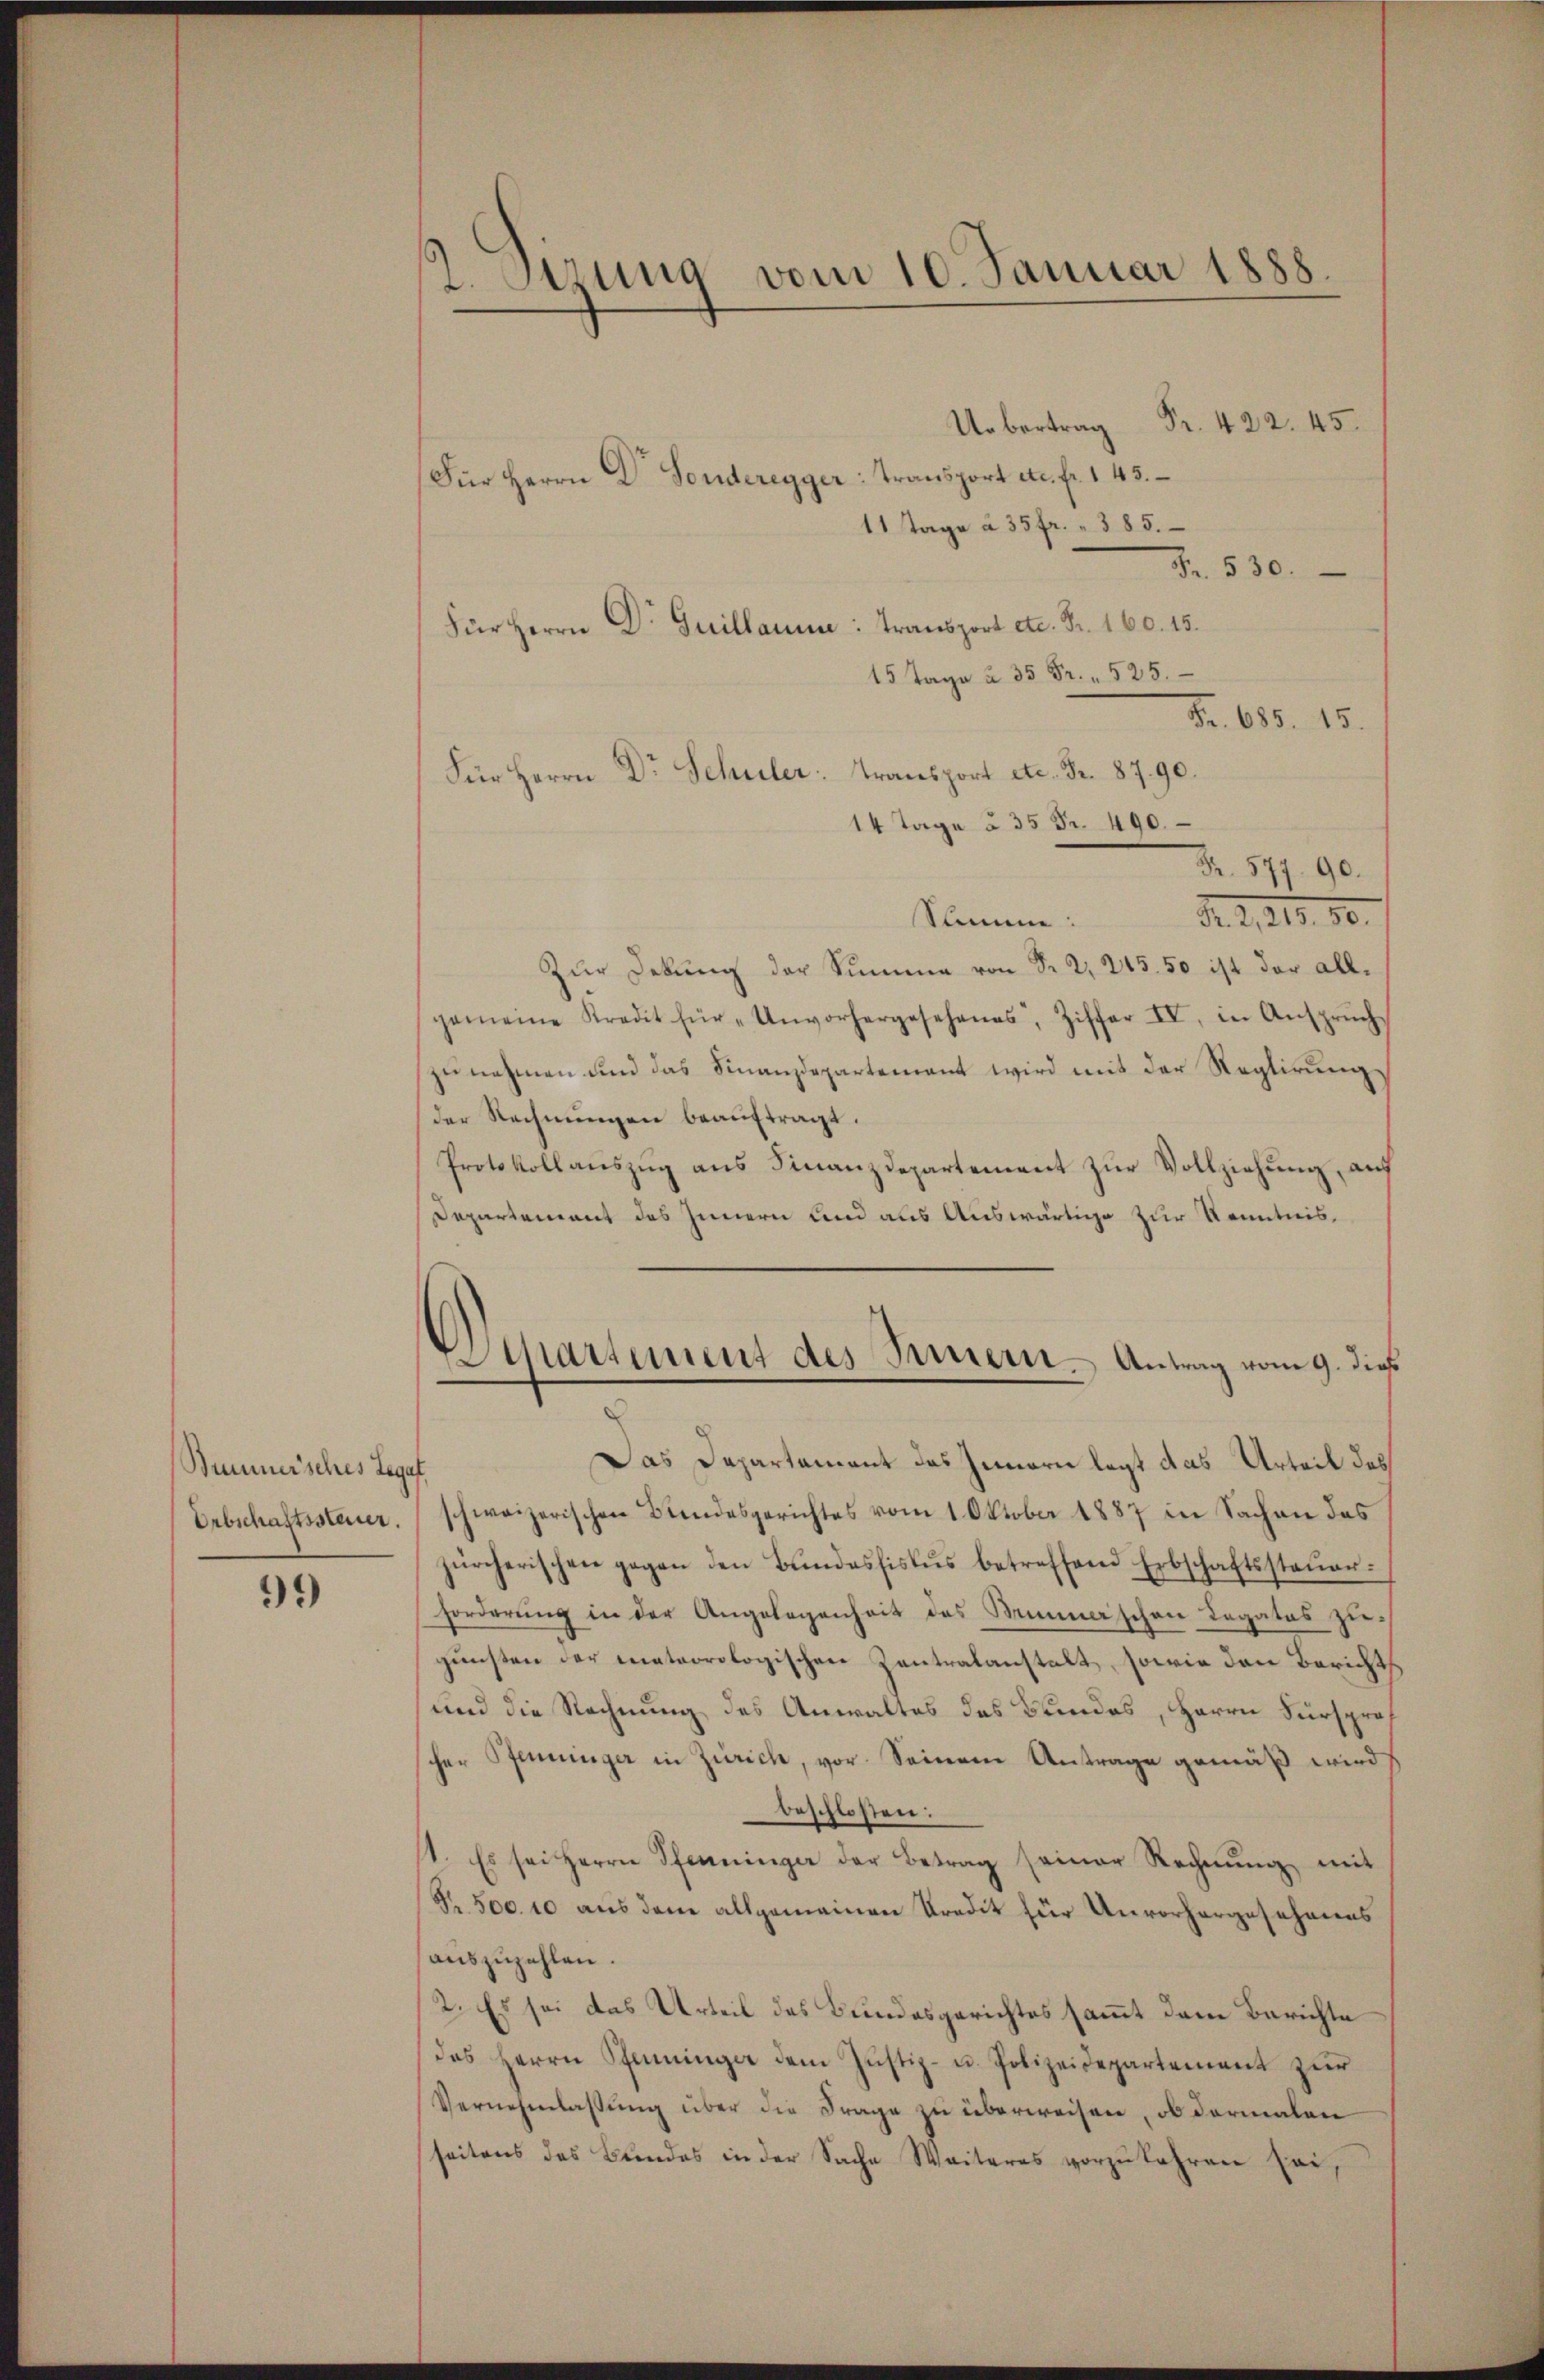
Bummisches Legat

99

2. Szuna vom 10. Januar 1888.

.445
Für Herrn Dr. Sonderegger Transport etc. fr. 143.
11 Tage à 35 fr. 385.
Fr. 530.
Für Herrn Dr. Guillaum: Transport etc. Fr. 160. 15.
15 Tage à 35 Fr. 525.
Fr. 685. 15.
Für Herrn Dr Schuler: Transport etc. Fr. 87. 90.
14 Tage à 35 Fr. 490.
Fr. 577. 90
N. Z. 219. 80.
Somme:
Zur Debung der Summe von Fr. 2, 245. 50 ist der allgemeine Kredit für „Unvorhergesehenes, Ziffer IV. in Ansprŭch
zunehmen und das Finanzdepartement wird mit der Reglirungs
der Rechnŭngen beaŭftragt.
Protokollauszug aus Finanzdepartement zur Vollziehung, auf
Departement des Innern und aus Auswärtige zur Kenntnis,
s
ipartement des Innern. Antrag vom 9. dieß
Das Departement das Innern legt das Urteil des
Erbschaftssteuer. schweizerischen Bundesgerichtes vom 1. Oktober 1887 in Sachen das
zürcherischen gegen den Bŭndesfislŭs betreffend Erbschaftssteŭer-
forderung in der Angelegenheit des Minischen Legates zugunsten der meteorologischen Zentralanstalt, sowie den Bericht
und die Rechnung des Anwaltes des Bundes, Herrn Fürsprocher Pfenninger in Zürich, vor. Seinem Antrage gemäß wird
beschlossen:
1. Es sei Herrn Pfenninger der Betrag seiner Rechnŭng mit
Nr. 500. 10 aus dem allgemeinen Kredit für Unvorhergesehenens
auszuzahlen.
2. Es sei das Urteil des Bundesgerichtes sammt dem Berichte
des Herrn Pfenninger dem Justiz- u. Polizeidepartement zur
Vernehmlassung über die Frage zu überweisen, ob dermalen
seitens des Bŭndes in der Sache Weiteres vorzukehren sei,